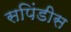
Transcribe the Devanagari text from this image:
सपिंडीस